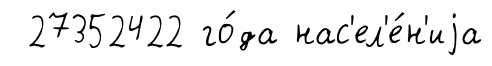
27352422 го́да нас'ел'е́н'иjа